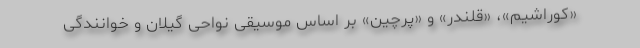
«کوراشیم»، «قلندر» و «پرچین» بر اساس موسیقی نواحی گیلان و خوانندگی